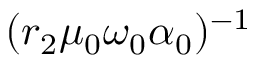
( r _ { 2 } \mu _ { 0 } \omega _ { 0 } \alpha _ { 0 } ) ^ { - 1 }